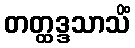
တတ္ထဒ္ဒသာသိံ